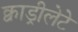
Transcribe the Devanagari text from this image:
क्वाड्रीलेटे